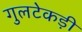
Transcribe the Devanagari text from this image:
गुलटेकड़ी